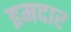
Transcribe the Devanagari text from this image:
इमदार